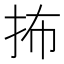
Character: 抪